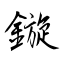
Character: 鏇